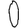
Digit: 0